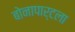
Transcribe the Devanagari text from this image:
बोनापार्टला